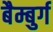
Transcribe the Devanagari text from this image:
बैम्बुर्ग